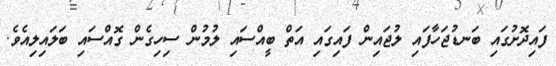
ފައިދޮށުގައި ބަނޑުޖަހާފައި ލުޖައިން ފައިގައި އަތް ބީއްސައި ލުމުން ސިހިގެން ގޮއްސައި ބަލައިލިއެވެ.